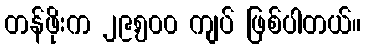
တန်ဖိုးက ၂၉,၅၀၀ ကျပ် ဖြစ်ပါတယ်။